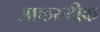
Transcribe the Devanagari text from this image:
आकस्मीक